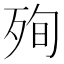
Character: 殉